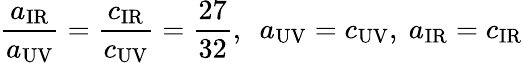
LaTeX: \frac{a_{\mathrm{IR}}}{a_{\mathrm{UV}}}=\frac{c_{\mathrm{IR}}}{c_{\mathrm{UV}}}=\frac{27}{32},~~a_{\mathrm{UV}}=c_{\mathrm{UV}},~a_{\mathrm{IR}}=c_{\mathrm{IR}}